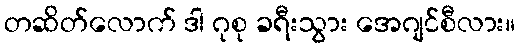
တဆိတ်လောက် ဒါ ဂုစု ခရီးသွား အေဂျင်စီလား။